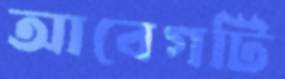
আবেগটি